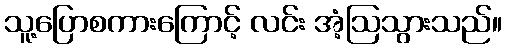
သူ့ပြောစကားကြောင့် လင်း အံ့ဩသွားသည်။